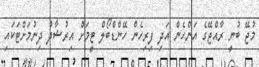
މުޖޭ ބުނީ ރާއްޖޭގެ އަންހެން އަދި ފިރިހެން ހޭންޑްބޯލް ޓީމަށް އިރުޝާދު ދިނުމަށްޓަކައި